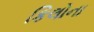
કિલોના